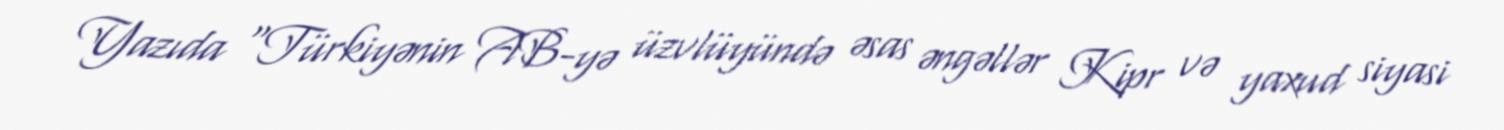
Yazıda “Türkiyənin AB-yə üzvlüyündə əsas əngəllər Kipr və yaxud siyasi